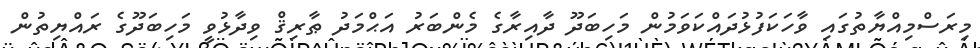
މިރަސްމިއްޔާތުގައި ވާހަކަފުޅުދައްކަވަމުން މަހިބަދޫ ދާއިރާގެ މެންބަރު އަޙްމަދު ޠާރިޤް ވިދާޅުވީ މަހިބަދޫގެ ރައްޔިތުން